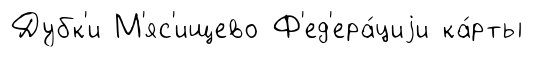
Дубк'и М'яс'ищево Ф'ед'ера́циjи ка́рты